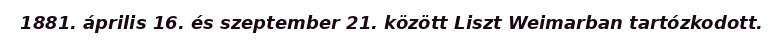
1881. április 16. és szeptember 21. között Liszt Weimarban tartózkodott.